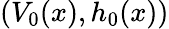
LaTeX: (V_{0}(x),h_{0}(x))